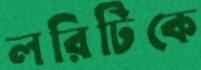
লরিটিকে